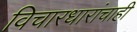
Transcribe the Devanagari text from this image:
विचारधारांचाही